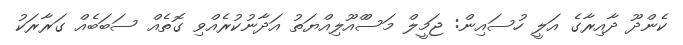
ކެންދޫ ދާއިރާގެ އަލީ ހުސައިން: ޖަމީލް މަސްްއޫލިއްޔަތު އަދާނުކުރެއްވި ގޮތެއް ސަބަބެއް ގަރާރަކު